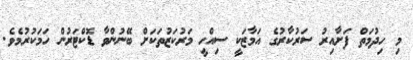
މި ހިދުމަތް ފަށާއިރު ސަރުކާރުގެ އަމާޒަކީ ސިއްހީ މަރުކަޒުތަކަށް ބޭނުންވާ ޑޮކްޓަރުން ހަމަކުރުމެވެ.